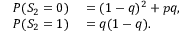
\begin{array} { r l } { P ( S _ { 2 } = 0 ) } & { { } = ( 1 - q ) ^ { 2 } + p q , } \\ { P ( S _ { 2 } = 1 ) } & { { } = q ( 1 - q ) . } \end{array}